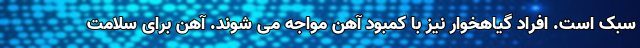
سبک است. افراد گیاهخوار نیز با کمبود آهن مواجه می شوند. آهن برای سلامت